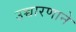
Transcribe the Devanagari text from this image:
उच्चारणाने